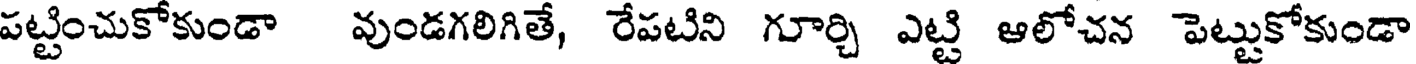
పట్టించుకోకుండా వుండగలిగితే, రేపటిని గూర్చి ఎట్టి ఆలోచన పెట్టుకోకుండా